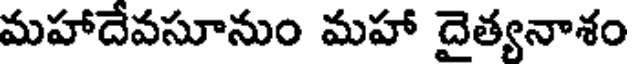
మహాదేవసూనుం మహా దైత్యనాశం